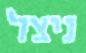
ניצל